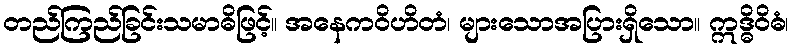
တည်ကြည်ခြင်းသမာဓိဖြင့်။ အနေကဝိဟိတံ၊ များသောအပြားရှိသော။ ဣဒ္ဓိဝိဓံ၊